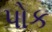
પોક